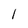
Character: 1